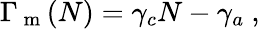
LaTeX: \Gamma_{\mathrm{~m~}}(N)=\gamma_{c}N-\gamma_{a}\mathrm{~,~}